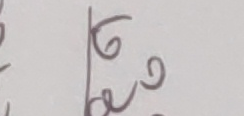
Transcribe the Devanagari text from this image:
६९०